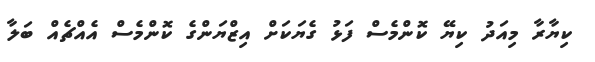
ކިޔާރާ މިއަދު ކިޔޭ ކޮންމެސް ފަޅު ގެޔަކަށް އިޒްޔަންގެ ކޮންމެސް އެއްޗެއް ބަލާ